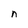
Character: n